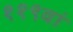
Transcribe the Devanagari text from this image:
११९वां